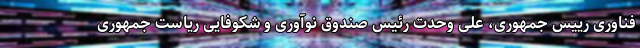
فناوری رییس جمهوری، علی وحدت رئیس صندوق نوآوری و شکوفایی ریاست جمهوری